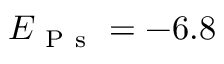
E _ { \mathrm { ~ P ~ s ~ } } = - 6 . 8